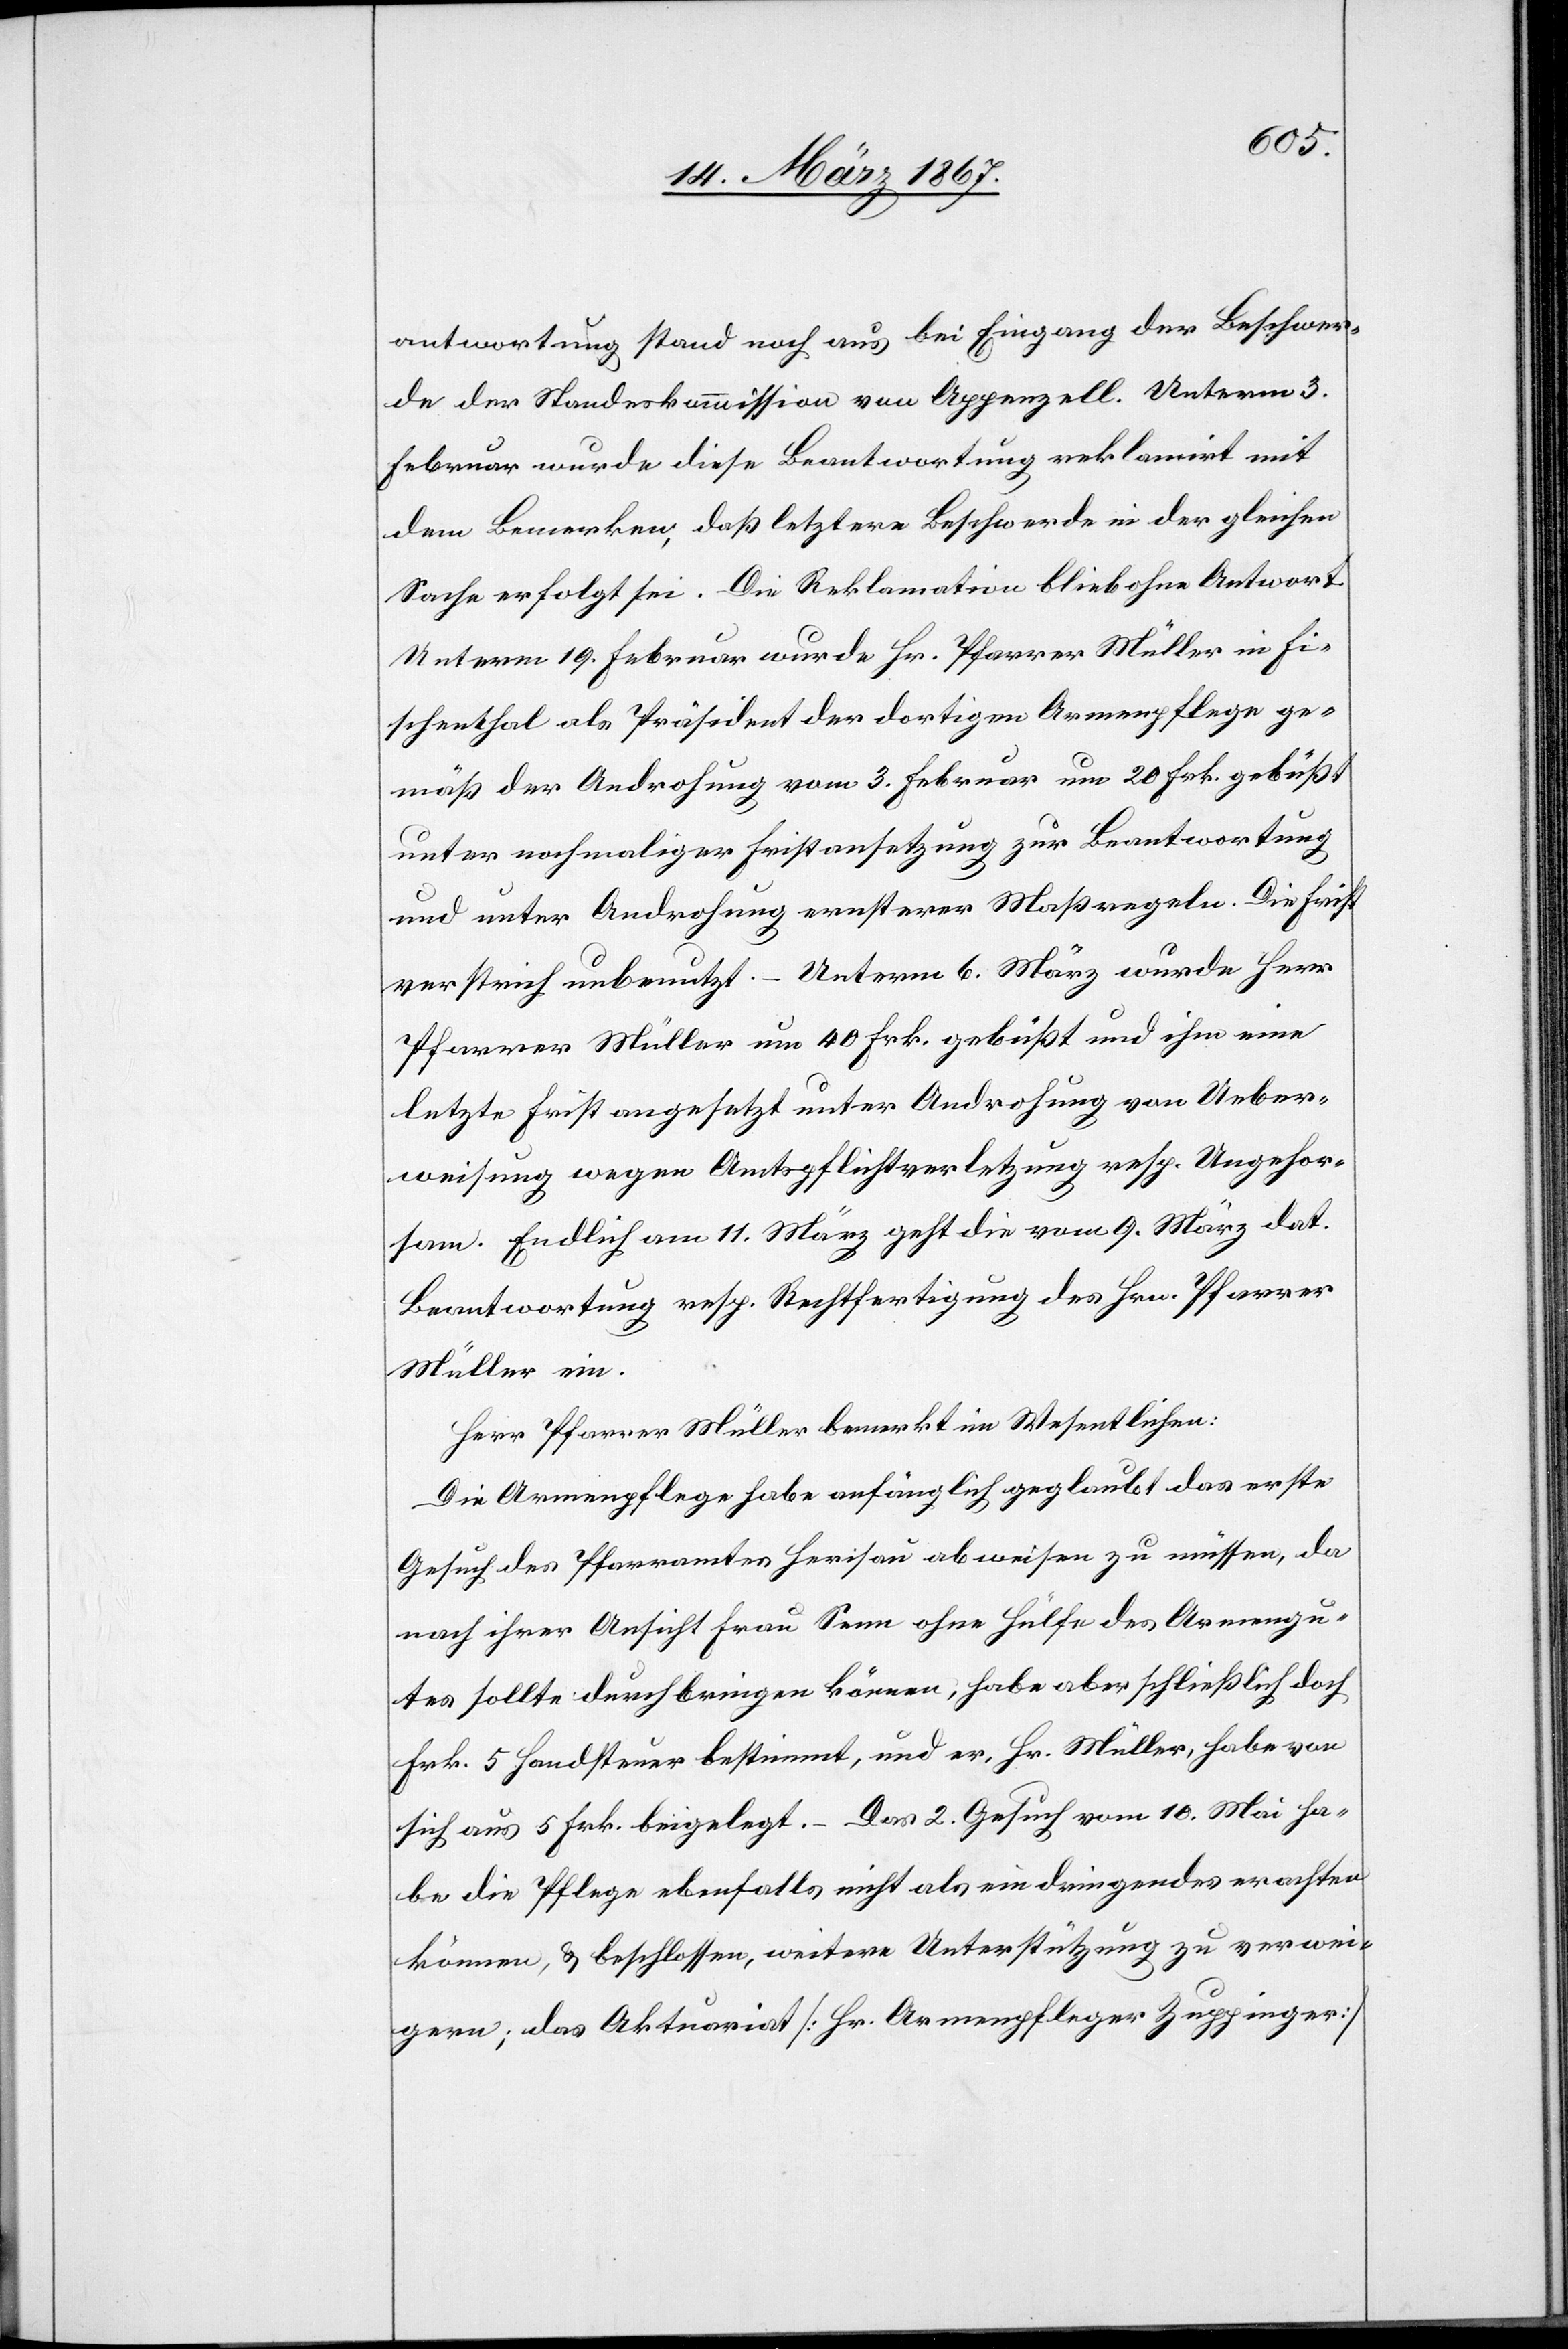
antwortung stand noch aus bei Eingang der Beschwer¬
de der Standeskommission von Appenzell. Unterm 3.
Februar wurde diese Beantwortung reklamirt mit
dem Bemerken, daß letztere Beschwerde in der gleichen
Sache erfolgt sei. Die Reklamation blieb ohne Antwort.
Unterm 19. Februar wurde Hr. Pfarrer Müller in Fi¬
schenthal als Präsident der dortigen Armenpflege ge¬
mäß der Androhung vom 3. Februar um 20 Frk. gebüßt
unter nochmaliger Fristansetzung zur Beantwortung
und unter Androhung ernsterer Maßregeln. Die Frist
verstrich unbenutzt. – Unterm 6. März wurde Herr
Pfarrer Müller um 40 Frk. gebüßt und ihm eine
letzte Frist angesetzt unter Androhung von Ueber¬
weisung wegen Amtspflichtverletzung resp. Ungehor¬
sam. Endlich am 11. März geht die vom 9. März dat.
Beantwortung resp. Rechtfertigung des Hrn. Pfarrer
Müller ein.
Herr Pfarrer Müller bemerkt im Wesentlichen:
Die Armenpflege habe anfänglich geglaubt das erste
Gesuch des Pfarramtes Herisau abweisen zu müssen, da
nach ihrer Ansicht Frau Senn ohne Hülfe des Armengu¬
tes sollte durchbringen können, habe aber schließlich doch
Frk. 5 Handsteuer bestimmt, und er, Hr. Müller, habe von
sich aus 5 Frk. beigelegt. – Das 2. Gesuch vom 10. Mai ha¬
be die Pflege ebenfalls nicht als ein dringendes erachten
können, & beschlossen, weitere Unterstützung zu verwei¬
gern; das Aktuariat [Hr. Armenpfleger Zuppinger]